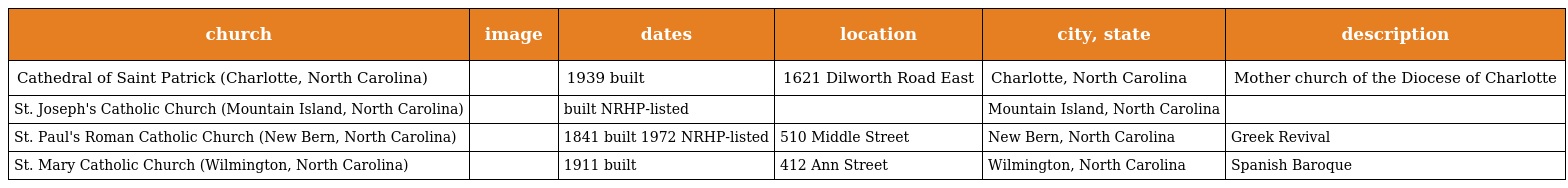
| church | image | dates | location | city, state | description |
 | --- | --- | --- | --- | --- | --- |
 | Cathedral of Saint Patrick (Charlotte, North Carolina) |  | 1939 built | 1621 Dilworth Road East | Charlotte, North Carolina | Mother church of the Diocese of Charlotte |
 | St. Joseph's Catholic Church (Mountain Island, North Carolina) |  | built NRHP-listed |  | Mountain Island, North Carolina |  |
 | St. Paul's Roman Catholic Church (New Bern, North Carolina) |  | 1841 built 1972 NRHP-listed | 510 Middle Street | New Bern, North Carolina | Greek Revival |
 | St. Mary Catholic Church (Wilmington, North Carolina) |  | 1911 built | 412 Ann Street | Wilmington, North Carolina | Spanish Baroque |